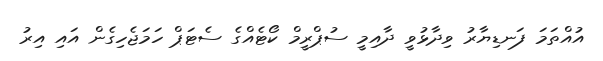
އުއްތަމަ ފަނޑިޔާރު ވިދާޅުވީ ދާއިމީ ސުޕްރީމް ކޯޓެއްގެ ސެޓަޕް ހަމަޖެހިގެން އައި އިރު